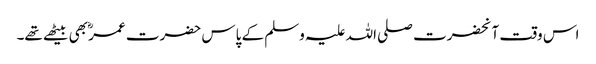
اس وقت آنحضرت صلی اللہ علیہ وسلم کے پاس حضرت عمرؓ بھی بیٹھے تھے۔